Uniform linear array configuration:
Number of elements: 16
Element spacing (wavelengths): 1
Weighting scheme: hann
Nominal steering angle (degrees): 0
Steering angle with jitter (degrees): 1.269
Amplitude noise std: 0.05
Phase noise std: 0.05

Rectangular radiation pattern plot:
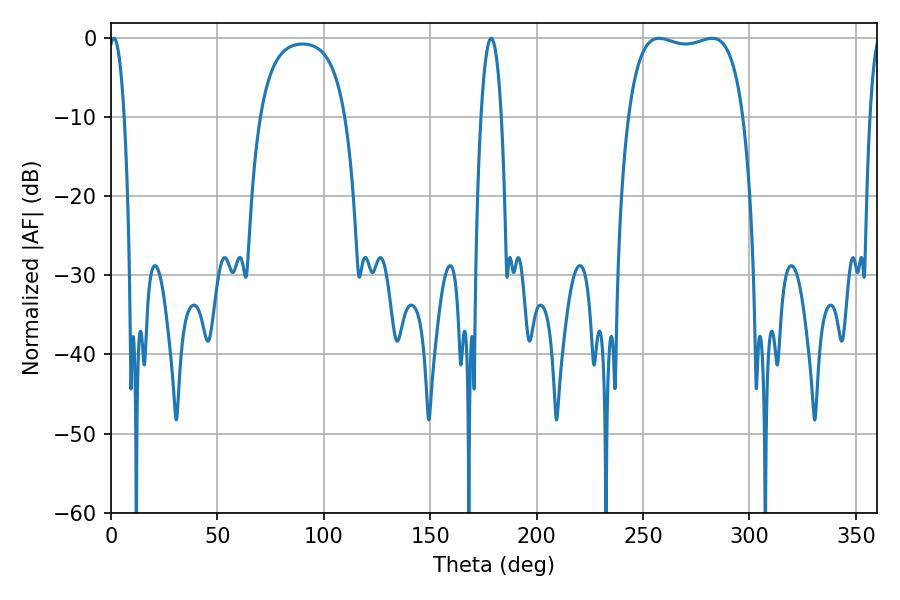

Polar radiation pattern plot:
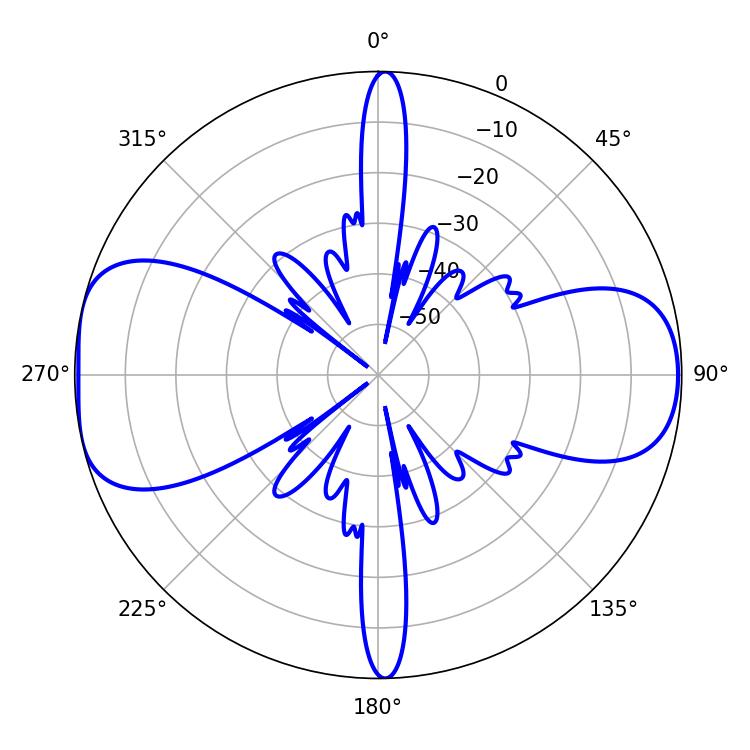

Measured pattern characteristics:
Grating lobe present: TRUE
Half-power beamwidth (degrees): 43.56
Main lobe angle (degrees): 282.42